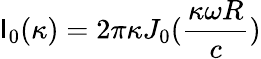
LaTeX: \mathsf{I}_{0}(\kappa)=2\pi{\kappa}{J_{0}(\frac{{\kappa\omega{R}}}{{c}})}